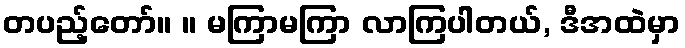
တပည့်တော်။ ။ မကြာမကြာ လာကြပါတယ်, ဒီအထဲမှာ